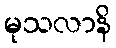
မုသလာနိ